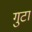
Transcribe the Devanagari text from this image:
गुटा